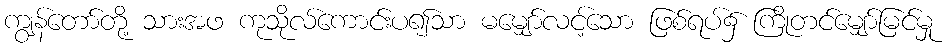
ကျွန်တော်တို့ သားအဖ ကုသိုလ်ကောင်းပ၍သာ မမျှော်လင့်သော ဖြစ်ရပ်၌ ကြိုတင်မျှော်မြင်မှု